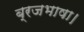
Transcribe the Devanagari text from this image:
ब्रजभाषा।